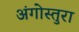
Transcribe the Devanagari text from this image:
अंगोस्तुरा